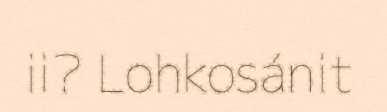
ii? Lohkosánit